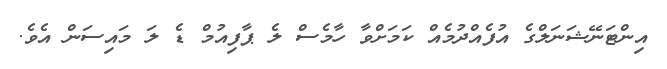
އިންޓަނޭޝަނަލްގެ އުފެއްދުމެއް ކަމަށްވާ ހާމެސް ލެ ޕާފިއުމް ޑެ ލަ މައިސަން އެވެ.